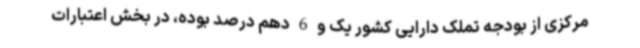
مرکزی از بودجه تملک دارایی کشور یک و 6 دهم درصد بوده، در بخش اعتبارات